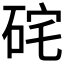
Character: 𥒈